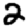
Digit: 2